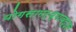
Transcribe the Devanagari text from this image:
योगसामर्थ्याबद्दल